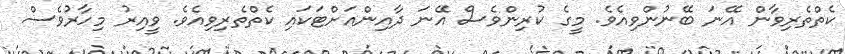
ކެތްތެރިވާން އޭނަ ބޭނުންވިއެވެ. މީގެ ކުރިންވެސް އޭނަ ދާއިންއަށްޓަކައި ކެތްތެރިވިއެވެ. ވީއިރު މިހާރުވެސް